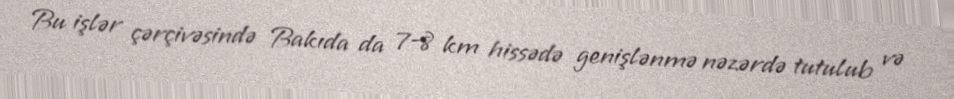
Bu işlər çərçivəsində Bakıda da 7-8 km hissədə genişlənmə nəzərdə tutulub və